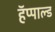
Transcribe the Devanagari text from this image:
हॅप्पाल्ड